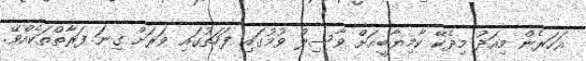
އަހަރެން މިއަދު މިދެކޭ ކާމިޔާބީއަށް ވާސިލް ވުމުގައި ފަހަތުގައި ވަރަށް ގިނަ ފަރާތްތަކެއްވޭ.